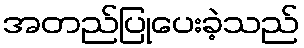
အတည်ပြုပေးခဲ့သည်